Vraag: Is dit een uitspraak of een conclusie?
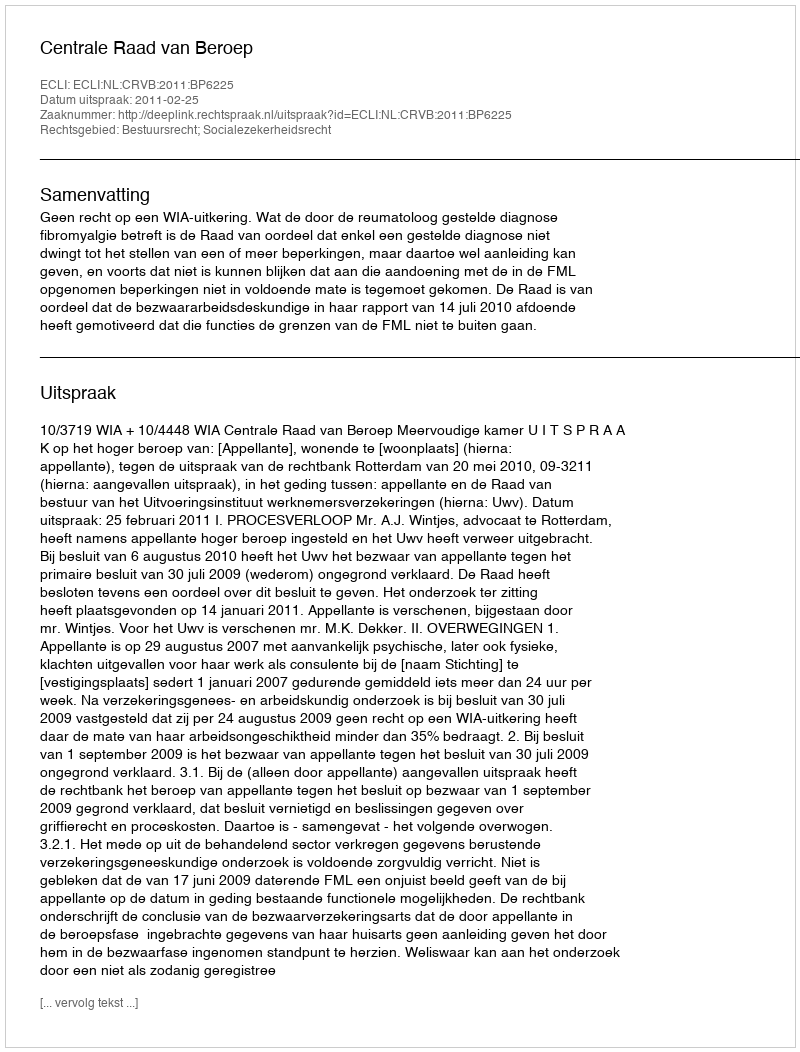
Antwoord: Uitspraak